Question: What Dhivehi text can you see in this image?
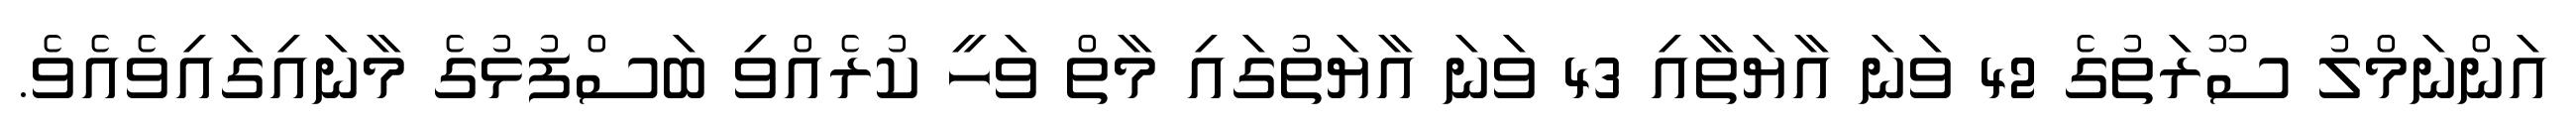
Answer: އަންނަމްލު ސޫރަތުގެ 42 ވަނަ އާޔަތާއި 43 ވަނަ އާޔަތުގައި މާތް ވަހީ ކުރެއްވި ބަސްފުޅުގެ މާނައިގައިވެއެވެ.